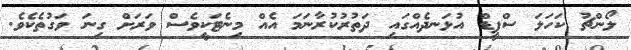
ލޯންޗު ކަހަލަ ސްޕީޑް އުޅަނދެއްގައި ދަތުރުކުރާނަމަ އެއް މިނެޓަކީވެސް ވަރަށް ގިނަ ވަގުތެކެވެ.